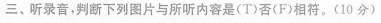
三、听录音，判断下列图片与所听内容是(T)否(F)相符。(10分)